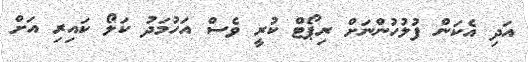
އަދި އެކަން ފުލުހުންނަށް ރިޕޯޓް ކުރީ ވެސް އަހުމަދު ކަލޯ ކައިރި އަށް